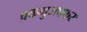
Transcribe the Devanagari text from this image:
चकमुजफ्फर